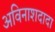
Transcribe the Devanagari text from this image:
अविनाशदादा